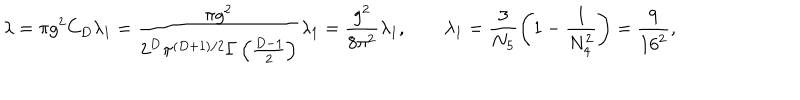
LaTeX: \lambda = \pi g ^ { 2 } C _ { D } \lambda _ { 1 } = \frac { \pi g ^ { 2 } } { 2 ^ { D } \pi ^ { ( D + 1 ) / 2 } \Gamma \left( \frac { D - 1 } { 2 } \right) } \lambda _ { 1 } = \frac { g ^ { 2 } } { 8 \pi ^ { 2 } } \lambda _ { 1 } , \qquad \lambda _ { 1 } = \frac { 3 } { N _ { 5 } } \left( 1 - \frac { 1 } { N _ { 4 } ^ { 2 } } \right) = \frac { 9 } { 1 6 ^ { 2 } } , \,